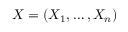
\boldsymbol { X } = ( X _ { 1 } , \dots , X _ { n } )